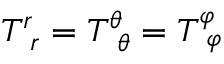
T _ { \, \, \, r } ^ { r } = T _ { \, \, \, \theta } ^ { \theta } = T _ { \, \, \, \varphi } ^ { \varphi }